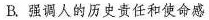
B.强调人的历史责任和使命感